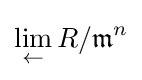
\lim _{\leftarrow }R/{\mathfrak {m}}^{n}